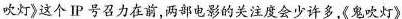
吹灯》这个IP号召力在前,两部电影的关注度会少许多《鬼吹灯》